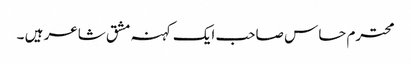
محترم حساس صاحب ایک کہنہ مشق شاعر ہیں ۔